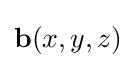
\mathbf {b} (x,y,z)